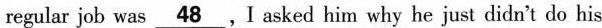
regular job was\underline{48}, I asked him why he just didn't do his